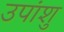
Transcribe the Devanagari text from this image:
उपांशु